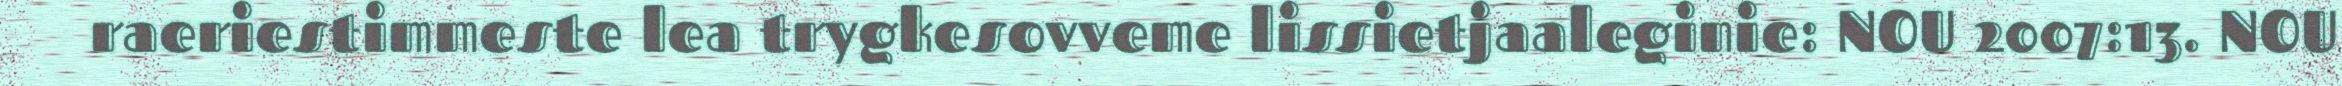
raeriestimmeste lea trygkesovveme lissietjaaleginie: NOU 2007:13. NOU